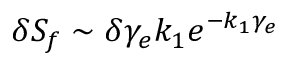
\delta S _ { f } \sim \delta \gamma _ { e } k _ { 1 } e ^ { - k _ { 1 } \gamma _ { e } }